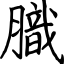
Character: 膱